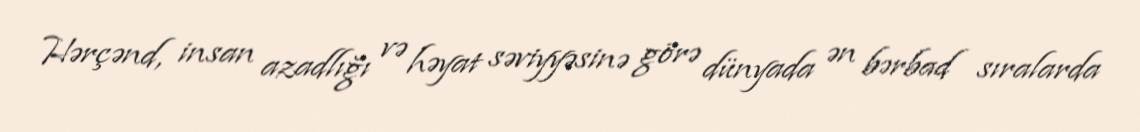
Hərçənd, insan azadlığı və həyat səviyyəsinə görə dünyada ən bərbad sıralarda